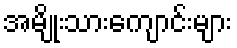
အမျိုးသားကျောင်းများ